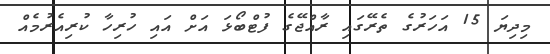
މިދިޔަ 15 އަހަރުގެ ތެރޭގައި ރާއްޖޭގެ ފުޓްބޯޅަ އަށް އައި ހުރިހާ ކުރިއެރުމެއް